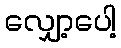
လျှော့ပေါ့